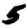
Digit: 5